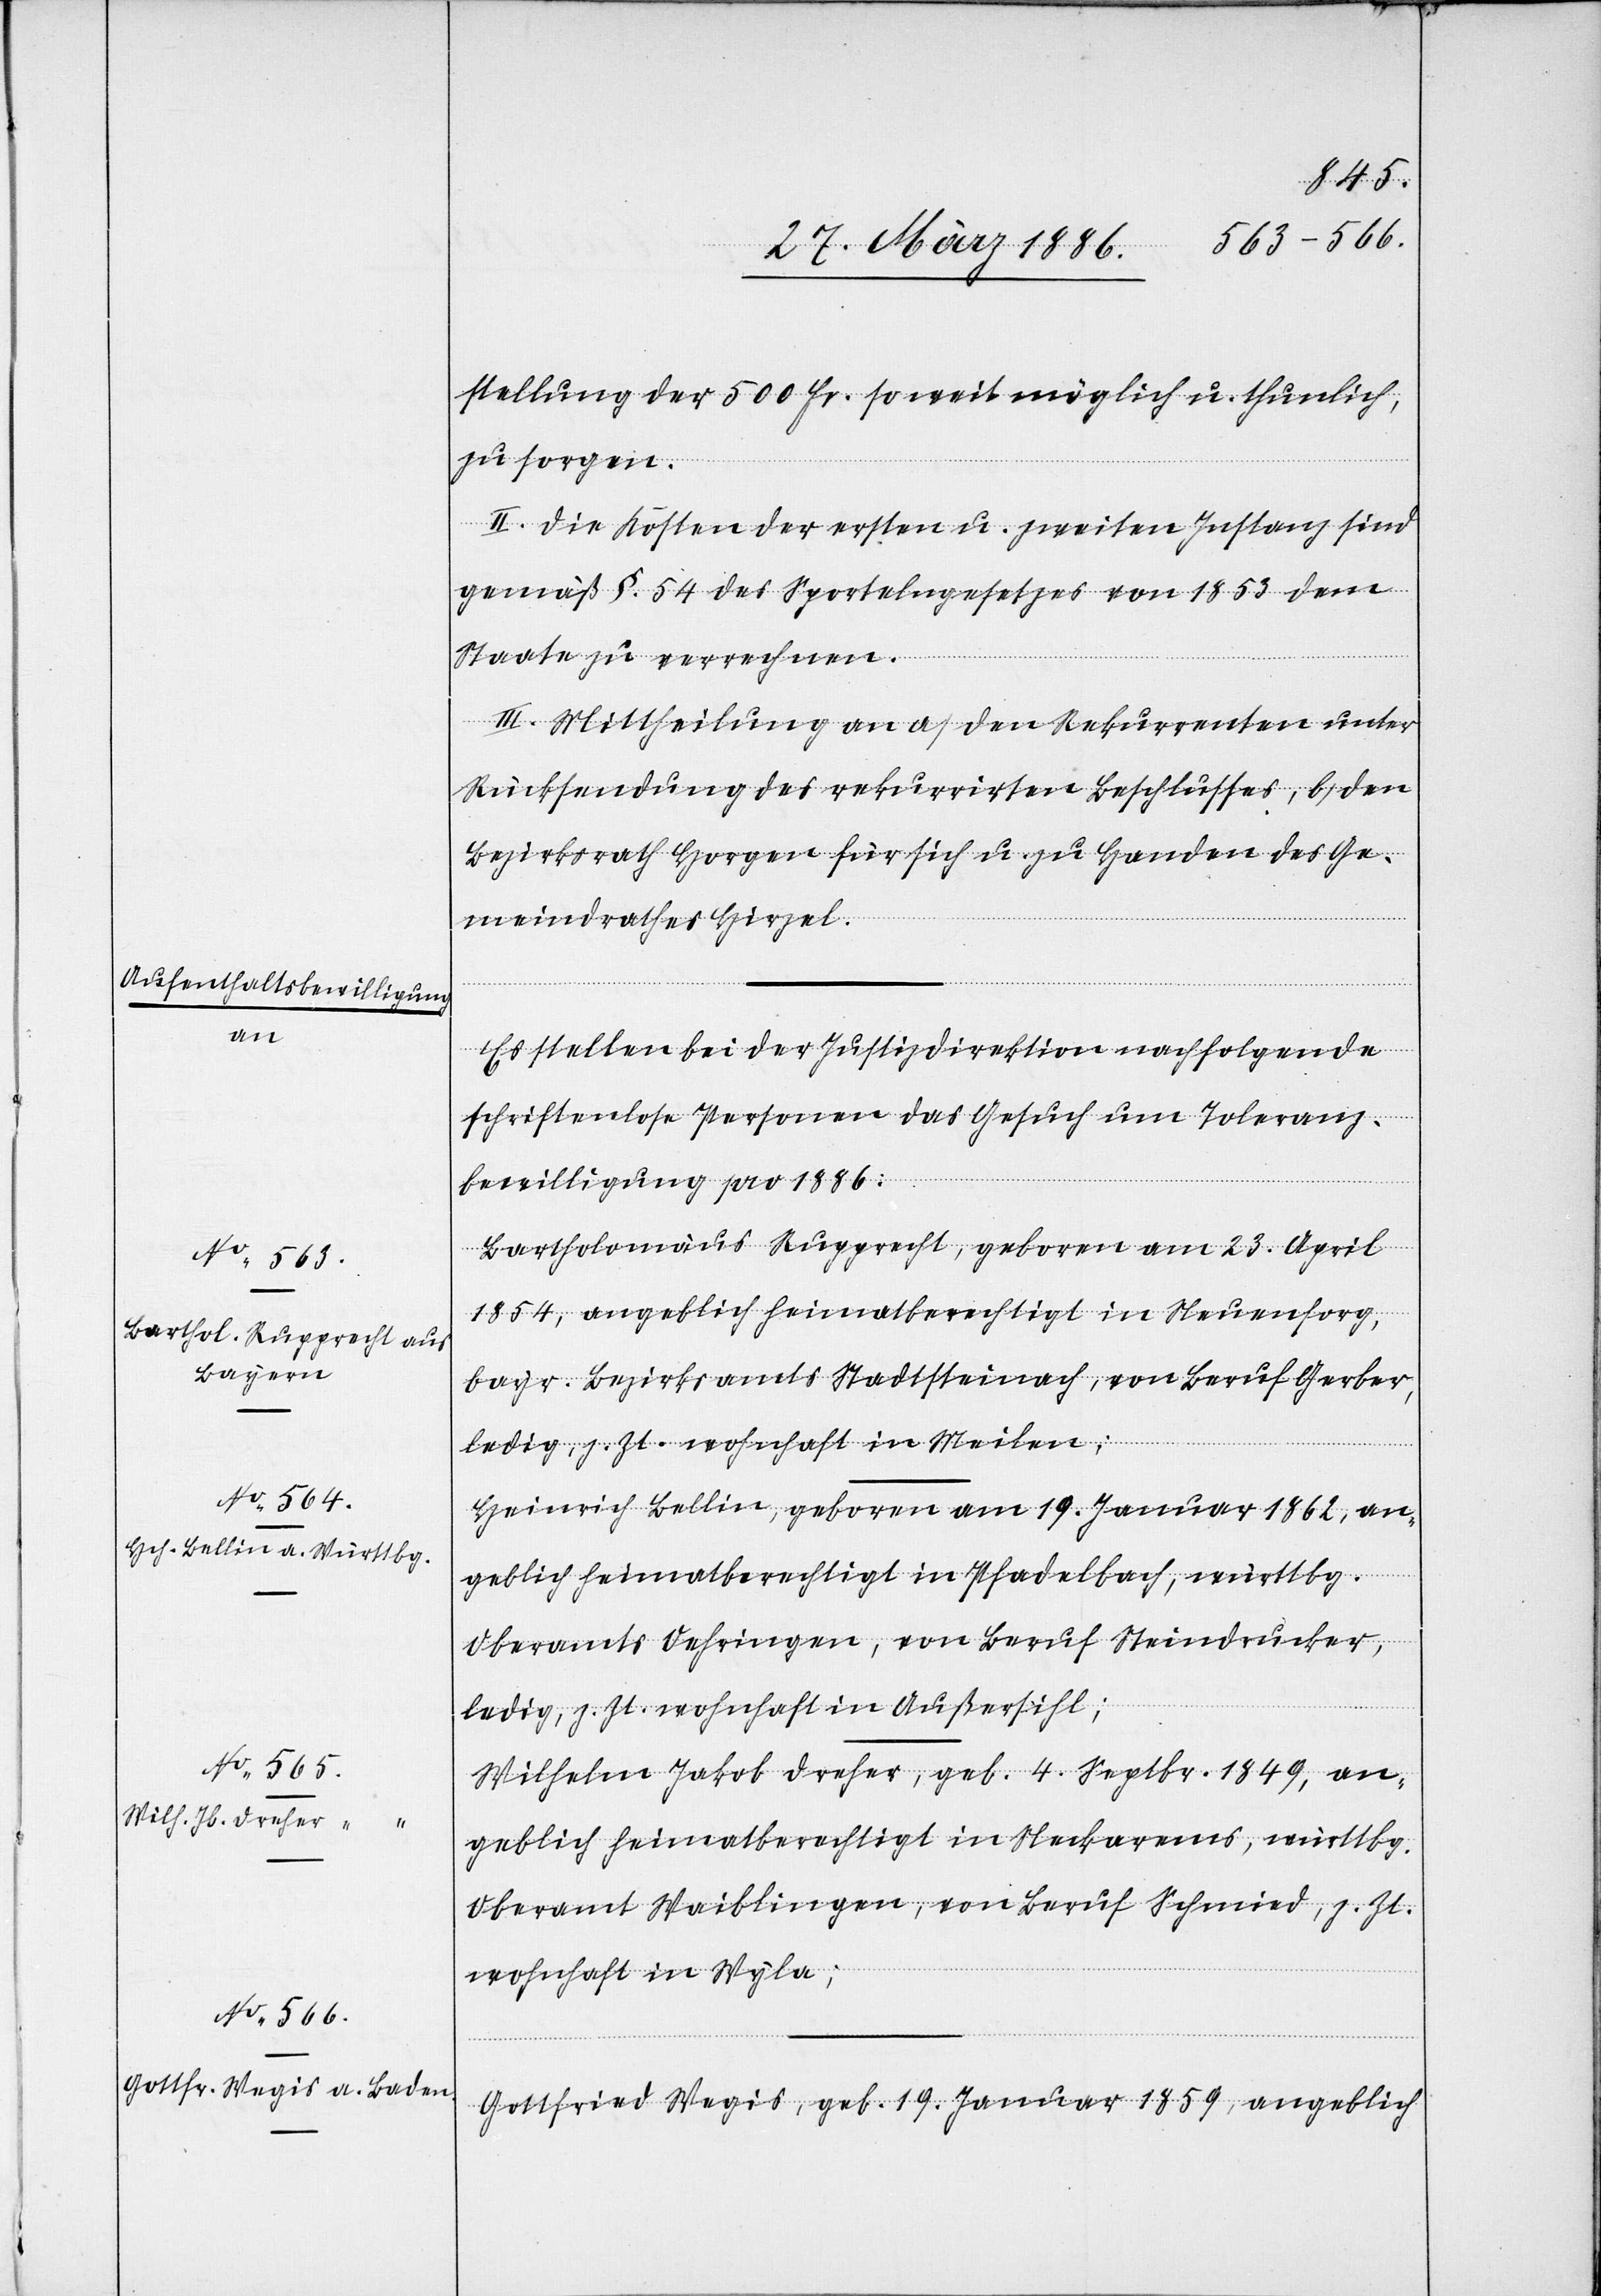
stellung der 500 Fr. so weit möglich u. thunlichst
zu sorgen.
II. Die Kosten der ersten u. zweiten Instanz sind
gemäß §. 54 des Sportelgesetzes von 1853 dem
Staate zu verrechnen.
III. Mittheilung an a) den Rekurrenten unter
Rücksendung des rekurrirten Beschlusses, b) den
Bezirksrath Horgen für sich u. zu Handen des Ge¬
meindrathes Hirzel.
Es stellen bei der Justizdirektion nachfolgende
schriftenlose Personen das Gesuch um Toleranz¬
bewilligung pro 1886:
Bartholomäus Rupprecht, geboren am 23. April
1854, angeblich heimatberechtigt in Neuensorg,
bayer. Bezirksamts Stadtsteinach, von Beruf Gerber,
ledig, z. Zt. wohnhaft in Meilen;
Heinrich Bellin, geboren am 19. Januar 1862, an¬
geblich heimatberechtigt in Pfadelbach, würrtbg.
Oberamtes Oehringen, von Beruf Steindrucker,
ledig, z. Zt. wohnhaft in Außersihl;
Wilhelm Jakob Dreher, geb. 4. Sepbr. 1849, an¬
geblich heimatberechtigt in Neckarems, württbg.
Oberamt Waiblingen, von Beruf Schmid, z. Zt.
wohnhaft in Wyla;
Gottfried Wegis, geb. 19. Januar 1859, angeblich